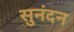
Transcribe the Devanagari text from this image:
सुनंदन